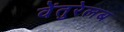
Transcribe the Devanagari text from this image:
वेंतुरेलब